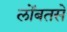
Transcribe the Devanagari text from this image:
लोंबतसे